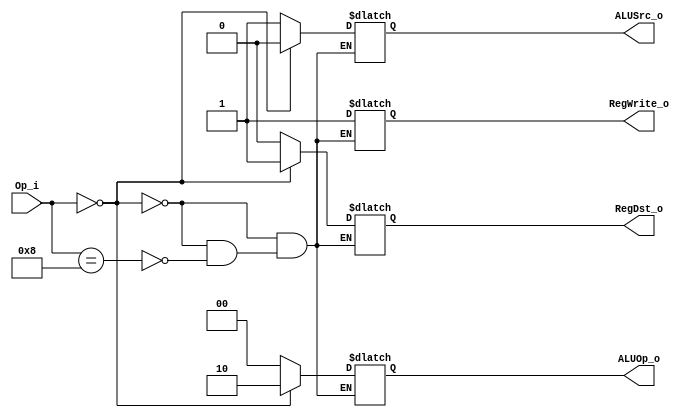
module Control
(
	Op_i,
	RegDst_o,
	ALUOp_o,
	ALUSrc_o,
	RegWrite_o,
);

input	[5:0]	Op_i;
output	[1:0]	ALUOp_o;
reg		[1:0]	ALUOp_o;
output	RegDst_o, ALUSrc_o, RegWrite_o;
reg 	RegDst_o, ALUSrc_o, RegWrite_o;

always @(Op_i) begin
	if(Op_i == 6'b000000) begin
		RegDst_o = 1;
		ALUOp_o = 2'b10;
		ALUSrc_o = 0;
		RegWrite_o = 1;
	end
	else if(Op_i == 6'b001000) begin
		RegDst_o = 0;
		ALUOp_o = 2'b00;
		ALUSrc_o = 1;
		RegWrite_o = 1;
	end
end

endmodule